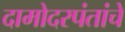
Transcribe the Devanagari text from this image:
दामोदरपंतांचे